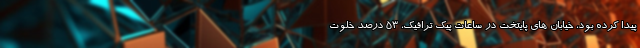
پیدا کرده بود، خیابان های پایتخت در ساعات پیک ترافیک، ۵۳ درصد خلوت